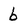
Character: b